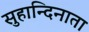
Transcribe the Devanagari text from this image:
सुहान्दिनाता